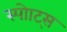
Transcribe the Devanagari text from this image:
स्पोाट्स